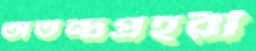
অতন্দ্রপ্রহরী